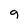
Character: g